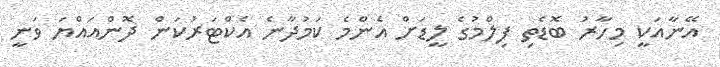
އޭނާއަކީ މިހާރު ބޮޑެތި ފިލްމުގެ ލީޑަށް އެންމެ ކަމުދާނެ އެކްޓަރުކަން ދޮންއައްޔަ ވަނީ